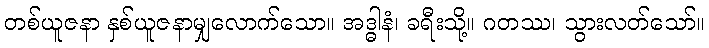
တစ်ယူဇနာ နှစ်ယူဇနာမျှလောက်သော။ အဒ္ဓါနံ၊ ခရီးသို့။ ဂတဿ၊ သွားလတ်သော်။